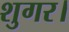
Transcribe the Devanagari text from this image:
शुगर।